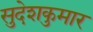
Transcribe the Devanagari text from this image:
सुदेशकुमार